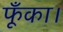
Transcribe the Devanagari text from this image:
फूँका।